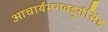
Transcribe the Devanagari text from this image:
आचार्यभगवद्दुर्गसिंह